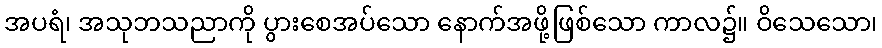
အပရံ၊ အသုဘသညာကို ပွားစေအပ်သော နောက်အဖို့ဖြစ်သော ကာလ၌။ ဝိသေသော၊